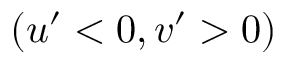
( u ^ { \prime } < 0 , v ^ { \prime } > 0 )